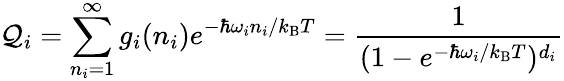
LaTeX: \mathcal{Q}_{i}=\sum_{n_{i}=1}^{\infty}g_{i}(n_{i})e^{-\hbar\omega_{i}n_{i}/k_{\mathrm{{B}}}T}=\frac{{1}}{{(1-e^{-\hbar\omega_{i}/k_{\mathrm{{B}}}T})^{d_{i}}}}